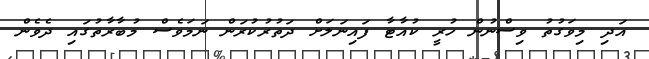
އަދި މިވަގުތު ވިސްނުން ހުރީ ކުއާޓާ ފައިނަލަށް ދަތުރުކުރަން ނަމަވެސް މުބާރާތުގައި ދެވެން